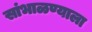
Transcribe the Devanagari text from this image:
सांभाळण्याला